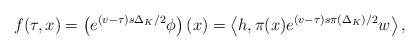
\begin{align*}f(\tau ,x)=\left( e^{(v-\tau )s\Delta _{K}/2}\phi \right) \left( x\right)=\left\langle h,\pi (x)e^{(v-\tau )s\pi \left( \Delta _{K}\right)/2}w\right\rangle , \end{align*}